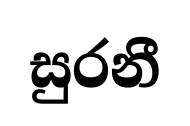
සුරනී